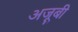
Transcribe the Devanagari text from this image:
अजूबी